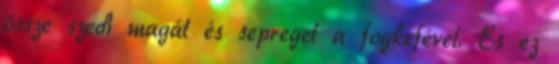
össze szedi magát és sepreget a fogkefével. És ez